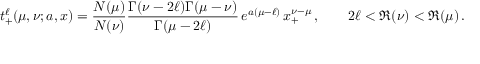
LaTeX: t _ { + } ^ { \ell } ( \mu , \nu ; a , x ) = \frac { N ( \mu ) } { N ( \nu ) } \frac { \Gamma ( \nu - 2 \ell ) \Gamma ( \mu - \nu ) } { \Gamma ( \mu - 2 \ell ) } \, e ^ { a ( \mu - \ell ) } \, x _ { + } ^ { \nu - \mu } \, , \qquad 2 \ell < \Re ( \nu ) < \Re ( \mu ) \, .